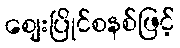
ဈေးပြိုင်စနစ်ဖြင့်